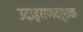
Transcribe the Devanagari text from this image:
उदाहराणदर्शक